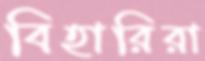
বিহারিরা